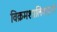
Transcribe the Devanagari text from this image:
विक्रमशालिवाहनौ